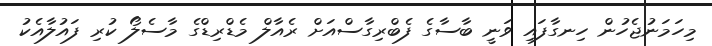
މިހަމަނުޖެހުން ހިނގާފައި ވަނީ ބާސާގެ ފެބްރިގާސްއަށް ރެއާލް މެޑްރިޑްގެ މާސެލޯ ކުރި ފައުލާއެކު